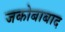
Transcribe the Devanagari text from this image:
जकोबाबाद